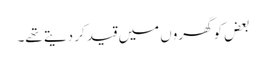
بعض کو گھروں میں قید کر دیتے تھے۔